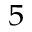
^ 5